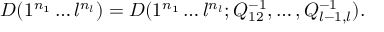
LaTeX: D ( 1 ^ { n _ { 1 } } \ldots l ^ { n _ { l } } ) = D ( 1 ^ { n _ { 1 } } \ldots l ^ { n _ { l } } ; Q _ { 1 2 } ^ { - 1 } , \ldots , Q _ { l - 1 , l } ^ { - 1 } ) .